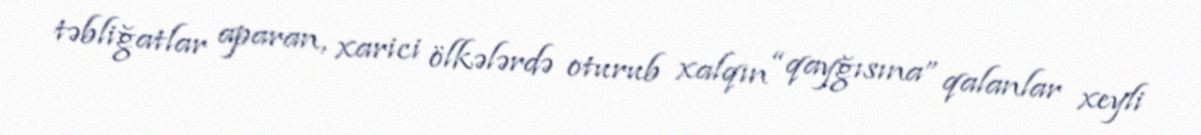
təbliğatlar aparan, xarici ölkələrdə oturub xalqın “qayğısına” qalanlar xeyli